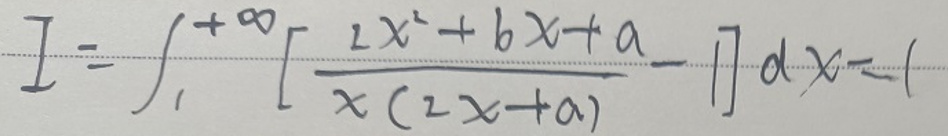
\[
I = \int_{1}^{+\infty} \left[ \frac{2x^{2}+bx + a}{x(2x + a)} - 1 \right] dx = 1
\]